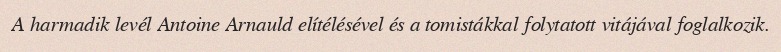
A harmadik levél Antoine Arnauld elítélésével és a tomistákkal folytatott vitájával foglalkozik.